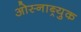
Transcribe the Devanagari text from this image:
ओस्नाब्र्युक